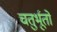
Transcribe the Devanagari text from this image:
चतुर्भूतों